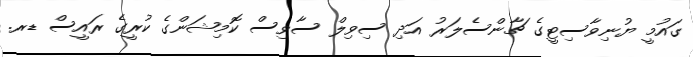
ގައުމީ ޔުނިވާސިޓީގެ ޗާންސެލަރު އަދި ސިވިލް ސާވިސް ކޮމިޝަންގެ ކުރީގެ ރައީސް ޑރ.